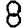
Digit: 8